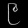
Digit: ၉